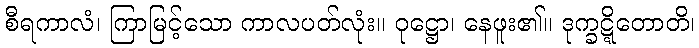
စီရကာလံ၊ ကြာမြင့်သော ကာလပတ်လုံး။ ဝုဋ္ဌော၊ နေဖူး၏။ ဒုက္ခဋ္ဋိတောတိ၊